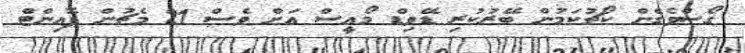
ގޯސްވެގެން ކޯޗުކަމުން ބޭރުކުރި ޑޭވިޑް މޯއީސް އަށް ވެސް 21 މެޗުން ޕޮއިންޓް